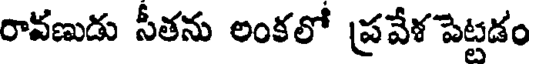
రావణుడు సీతను లంకలో ప్రవేళ పెట్టడం